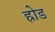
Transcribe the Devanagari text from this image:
ह्रोड